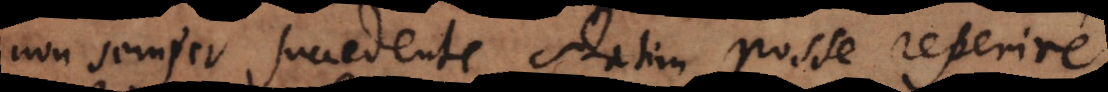
non semper succedente statim posse reperire